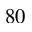
8 0